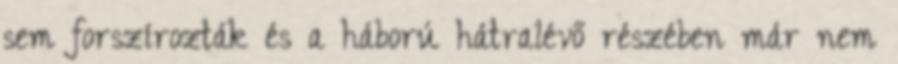
sem forszírozták és a háború hátralévő részében már nem